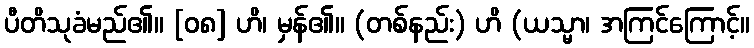
ပီတိသုခံမည်၏။ [၀၈] ဟိ၊ မှန်၏။ (တစ်နည်း) ဟိ (ယသ္မာ၊ အကြင်ကြောင့်။